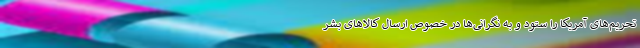
تحریم‌های آمریکا را ستود و به نگرانی‌ها در خصوص ارسال کالاهای بشر